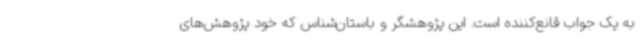
به یک جواب قانع‌کننده است. این پژوهشگر و باستان‌شناس که خود پژوهش‌های